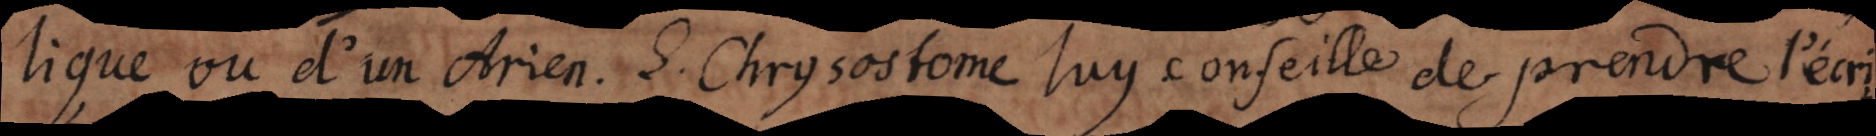
lique ou d’un Arien. S. Chrysostome luy conseille de prendre l’écri